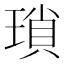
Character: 瑣